Annual report of the Madras Medical College
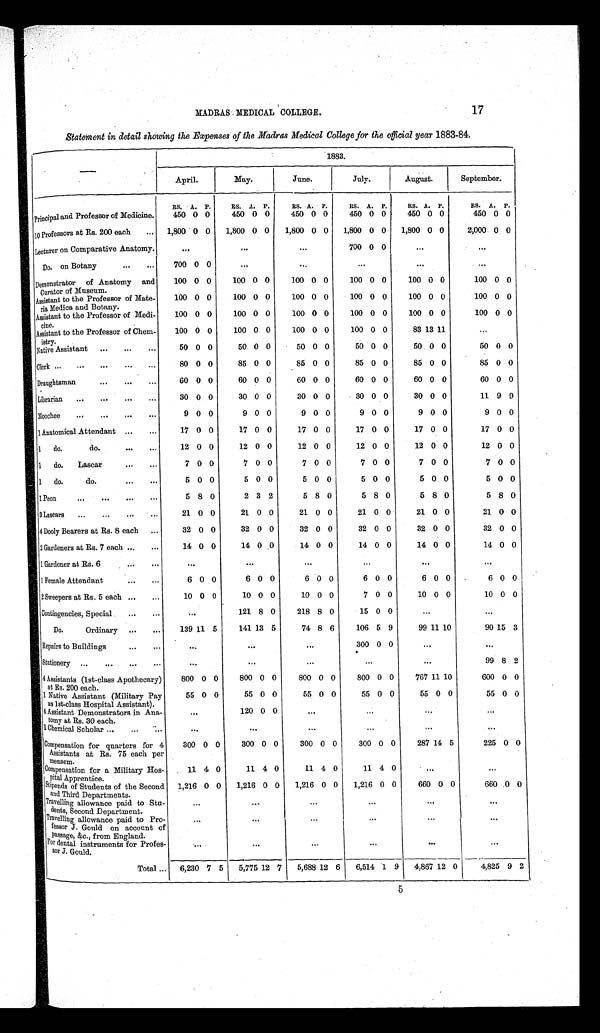
17
MADRAS MEDICAL COLLEGE.
Statement in detail showing the Expenses of the Madras Medical College for the official year 1883–84.
—
1883.
April.
May.
June.
July.
August.
September.
RS. A. P.
RS. A. P.
RS. A. P.
RS. A. P.
RS. A. P.
RS. A. P.
Principal and Professor of Medicine.
450 0 0
450 0 0
450 0 0
450 0
0
450 0 0
450 0 0
10 Professors at Rs. 200 each
... 1,800 0 0
1,800 0 0
1,800 0 0
1,800 0 0
1,800 0 0
2,000 0 0
Lecturer on Comparative Anatomy.
...
...
...
700 0 0
...
...
Do. on Botany
...
...
700 0 0
. . .
...
...
...
...
Demonstrator of Anatomy and
Curator of Museum.
100 0 0
100 0 0
100 0 0
100 0 0
100 0 0
100 0 0
Assistant to the Professor of Mate-
ria Medica and Botany.
100 0 0
100 0 0
100 0 0
100 0 0
100 0 0
100 0 0
Assistant to the Professor of Medi-
c i ne .
100 0 0
100 0 0
100 0 0
100 0 0
100 0 0
100 0 0
Assistant to the Professor of Chem-
istry.
100 0 0
100 0 0
100 0 0
100 0 0
83 13 11
...
Native Assistant
. . . ...
...
50 0 0
50 0 0
50 0 0
50 0 0
50 0 0
50 0 0
Clerk ...
...
...
. . .
...
80 0 0
85 0 0
85 0 0
85 0 0
85 0 0
85 0 0
Draughtsman
...
...
...
60 0 0
60 0 0
6 0 0 0
60 0 0
60 0 0
60 0 0
Librarian ...
. . . ...
. . .
30 0 0
30 0 0
30 0 0
30 0 0
30 0 0
11 9 9
Moochee ...
...
. . .
...
9 0 0
9 0 0
9 0 0
9 0 0
9 0 0
9 0 0
1 Anatomical Attendant ...
...
17 0 0
17 0 0
17 0 0
17 0 0
17 0 0
17 0 0
1 do. do.
. . .
...
12 0 0
12 0 0
12 0 0
12 0 0
12 0 0
12 0 0
1 do. Lascar
. . .
...
7 0 0
7 0 0
7 0 0
7 0 0
7 0 0
7 0 0
1 do. do.
...
...
5 0 0
5 0 0
5 0 0
5 0 0
5 0 0
5 0 0
1 Peon
...
...
...
...
5 8 0
2 3 2
5 8 0
5 8 0
5 8 0
5 8 0
3 Lascars ...
...
...
21 0 0
21 0 0
21 0 0
21 0 0
21 0 0
21 0 0
4 Dooly Bearers at Rs. 8 each ...
32 0 0
32 0 0
32 0 0
32 0 0
32 0 0
32 0 0
2 Gardeners at Rs. 7 each ...
...
14 0 0
14 0 0
14 0 0
14 0 0
14 0 0
14 0 0
1Gardener at Rs. 6
...
......
...
...
...
. . .
...
1 Female Attendant
...
. . .
6 0 0
6 0 0
6 0 0
6 0 0
6 0 0
6 0 0
2 Sweepers at Rs. 5 each ...
...
10 0 0
10 0 0
10 0 0
7 0 0
10 0 0
10 0 0
Contingencies, Special
...
...
. . .
121 8 0
218 8 0
15 0 0
...
...
Do.
Ordinary ...
...
139 11 5
141 13 5
74 8 6
106 5 9
99 11 10
9 0 15 3
Repairs to Buildings
. . .
. . .
. . .
...
...
300 0 0...
...
Stationery
. . .
. . .
. . .
. . .
...
...
...
...
...
9 9
8
2
4 Assistants (1st-class Apothecary)
at Rs. 200 each.
800 0 0
800 00
800 0 0
800 0 0
767 11 10
600 0
0
1 Native Assistant (Military Pay
as 1st-class Hospital Assistant).
5 5 0 0
55 0
0
55 0 0
55 0 0
5 5 0 0
55 0
0
4 Assistant Demonstrators in Ana-
tomy at Rs. 30 each.
...
120 0
0
...
...
...
...
1 Chemical Scholar ...
... ......
...
...
...
...
. . .
Compensation for quarters for 4
Assistants at Rs. 75 each per
mensem.
300 0 0
300 0
0
300 0
0
300 0 0
287 1 4
5
225
0
0
Compensation for a Military Hos-
pital Apprentice.
1 1 4 0
11 4 0
11 4 0
11 4 0
...
...
Stipends of Students of the Second
and Third Departments.
1,216 0 0
1,216 0 0
1,216 0 0
1,216 0 0
660 0 0
660 0
0
Travelling allowance paid to Stu-
dents, Second Department.
...
. . .
...
...
... ...
Travelling allowance paid to Pro-
fessor J. Gould on account of
passage, &c., from England.
...
...
...
...
...
...
For dental instruments for Profes-
s o r J . G o u l d .
. . .
...
...
...
...
..
.
Total ... 6,230 7 5
5,775 12 7
5,688 12 6
6,514 1 9
4,867 12 0
4,825 9 2
5